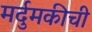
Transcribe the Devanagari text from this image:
मर्दुमकीची